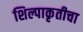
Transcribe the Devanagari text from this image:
शिल्पाकृतीचा